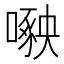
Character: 𱔷